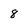
Character: 8